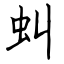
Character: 虯